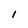
Character: 1